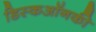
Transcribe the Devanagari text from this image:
डिस्कऑनकी